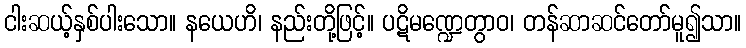
ငါးဆယ့်နှစ်ပါးသော။ နယေဟိ၊ နည်းတို့ဖြင့်။ ပဋိမဏ္ဍေတွာဝ၊ တန်ဆာဆင်တော်မူ၍သာ။